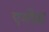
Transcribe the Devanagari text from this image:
एमप्रेस